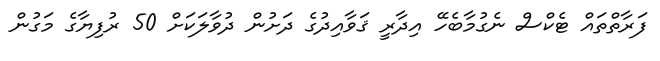
ފަރާތްތައް ޓެކްސް ނެގުމާބެހޭ އިދާރީ ޤަވާއިދުގެ ދަށުން ދުވާލަކަށް 50 ރުފިޔާގެ މަގުން